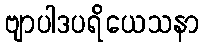
ဗျာပါဒပရိယေသနာ